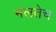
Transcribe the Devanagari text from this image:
भलतेच